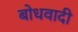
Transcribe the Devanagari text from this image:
बोधवादी